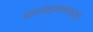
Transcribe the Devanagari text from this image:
प्राजंळपणाचंही